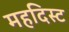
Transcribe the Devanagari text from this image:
महदिस्ट